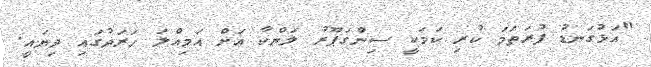
"އަޅުގަނޑު ފުރަތަމަ ކުރި ކަމަކީ ސިންގަޕޫރު ލަންކާ އަށް އަމިއްލަ ހަރަދުގައި ދިޔައީ.